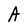
Character: A